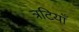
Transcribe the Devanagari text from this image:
त्रटियाँ